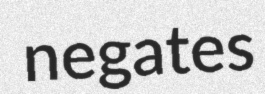
negates